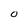
Character: 0